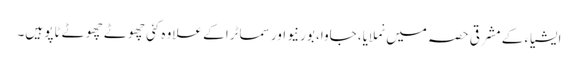
ایشیاء کے مشرقی حصہ میں نملایا، جاوا، بورنیو اور سماٹرا کے علاوہ کئی چھوٹے چھوٹے ٹاپو ہیں۔